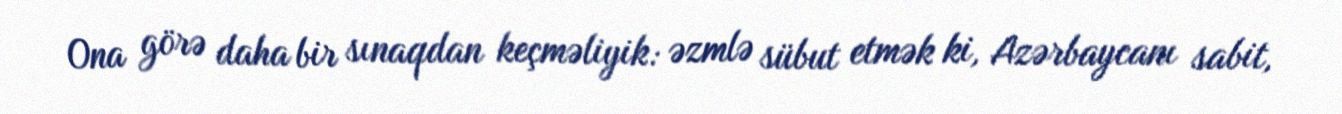
Ona görə daha bir sınaqdan keçməliyik: əzmlə sübut etmək ki, Azərbaycanı sabit,